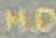
H.D